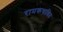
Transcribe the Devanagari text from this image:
रामकथाश्रित